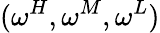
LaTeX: (\omega^{H},\omega^{M},\omega^{L})